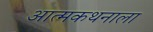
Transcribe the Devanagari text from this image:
आत्मकथनाला